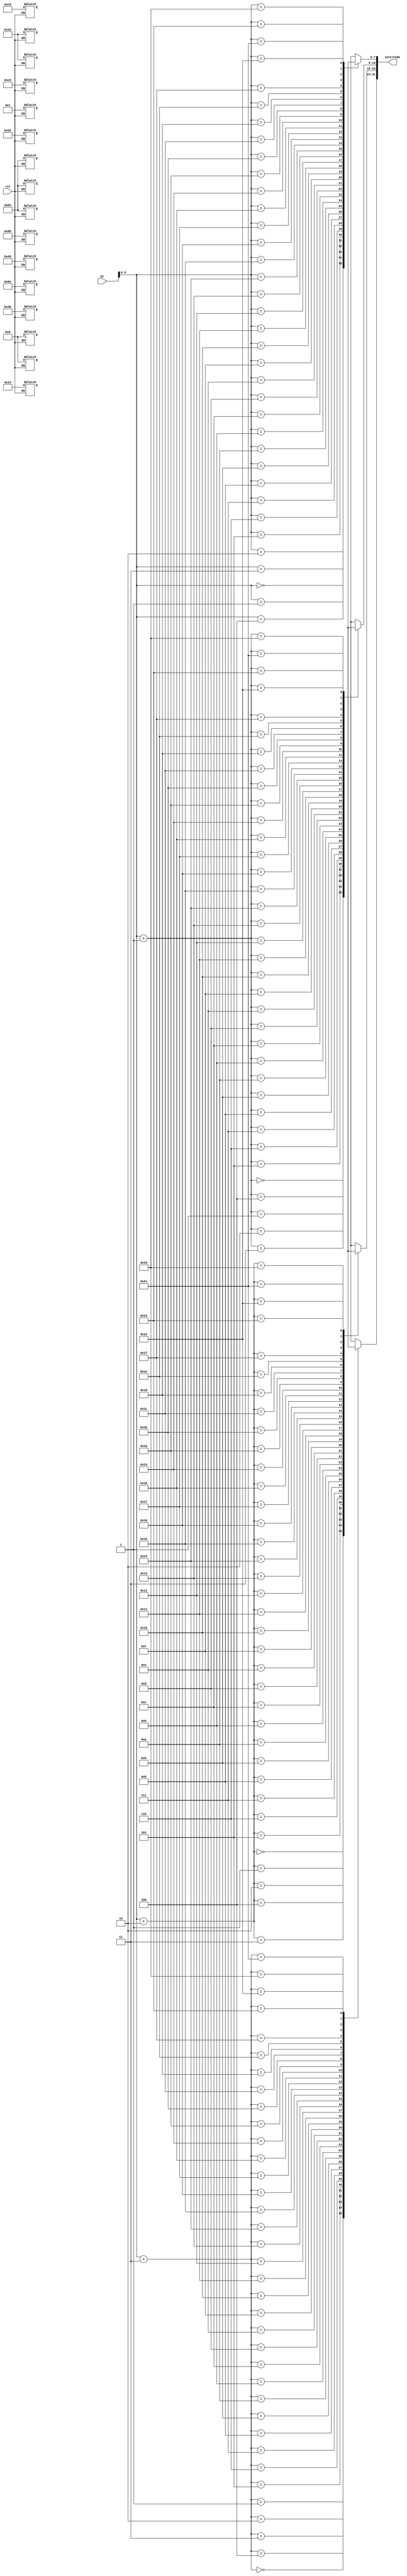
`timescale 1ns / 1ps
//////////////////////////////////////////////////////////////////////////////////
// Company: 
// Engineer: 
// 
// Design Name: 
// Module Name: instrMem
// Project Name: 
// Target Devices: 
// Tool Versions: 
// Description: 
// 
// Dependencies: 
// 
// Revision:
// Revision 0.01 - File Created
// Additional Comments:
// 
//////////////////////////////////////////////////////////////////////////////////


module instrMem(
    input [31:0] pc,
    input rst,
    output [31:0] instrCode
    );
reg [7:0] Mem [35:0];  
 
always @(rst)
begin 
    if(!rst)
        begin
            Mem[3]<=8'h01;
            Mem[2]<=8'h49;
            Mem[1]<=8'h83;
            Mem[0]<=8'h33;                       
            Mem[7]<=8'h00;
            Mem[6]<=8'h6e;
            Mem[5]<=8'h83;
            Mem[4]<=8'h93;
            Mem[11]<=8'h40;
            Mem[10]<=8'hc5;
            Mem[9]<=8'h85;
            Mem[8]<=8'h33;
            Mem[15]<=8'h00;
            Mem[14]<=8'hc9;
            Mem[13]<=8'h24;
            Mem[12]<=8'h83;
        end 
end
assign instrCode = {Mem[pc+3], Mem[pc+2], Mem[pc+1], Mem[pc]};

endmodule

            /*add t1, s3, s4
            addi t2, t4, 6
            sub a0, a1, a2
            lw s1, 12(s2)*/